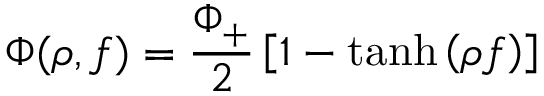
\Phi ( \rho , f ) = \frac { \Phi _ { + } } { 2 } \left[ 1 - \operatorname { t a n h } \left( \rho f \right) \right]